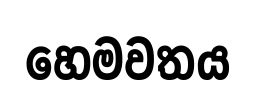
හෙමවතය